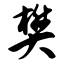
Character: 樊